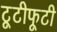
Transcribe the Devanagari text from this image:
टूटीफूटी